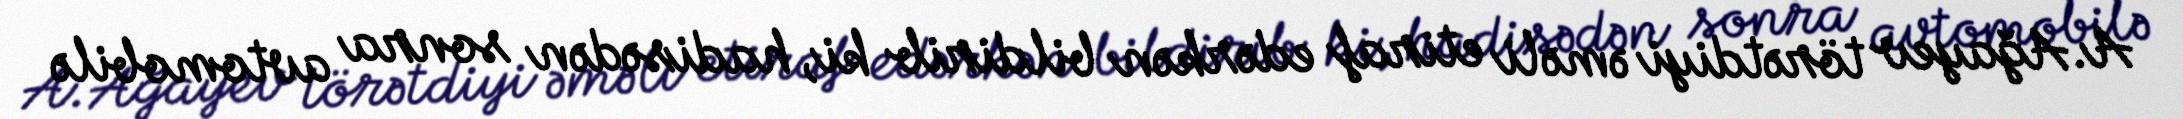
A.Ağayev törətdiyi əməli etiraf edərkən bildirib ki, hadisədən sonra avtomobilə